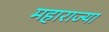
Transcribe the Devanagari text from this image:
महाराज्या